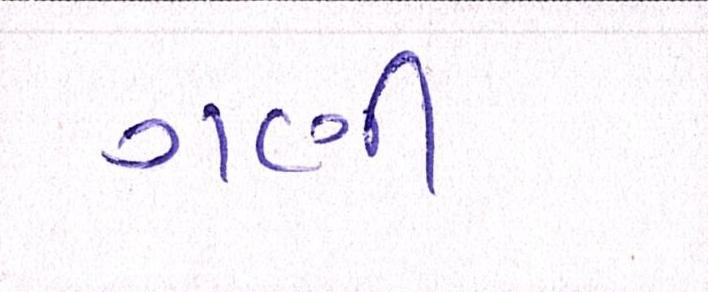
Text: ગણી